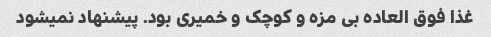
غذا فوق العاده بی مزه و کوچک و خمیری بود. پیشنهاد نمیشود